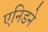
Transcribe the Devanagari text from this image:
एनिडने